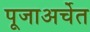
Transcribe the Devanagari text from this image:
पूजाअर्चेत